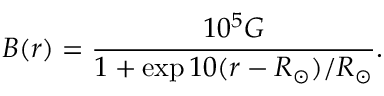
B ( r ) = \frac { 1 0 ^ { 5 } G } { 1 + \exp { 1 0 ( r - R _ { \odot } ) / R _ { \odot } } } .